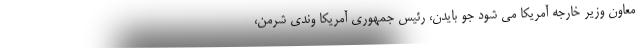
معاون وزیر خارجه آمریکا می شود جو بایدن، رئیس جمهوری آمریکا وندی شرمن،